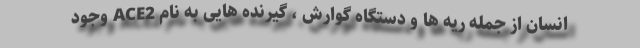
انسان از جمله ریه ها و دستگاه گوارش ، گیرنده هایی به نام ACE2 وجود